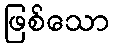
ဖြစ်သော